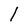
Character: 1